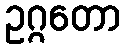
ဥဂ္ဂတော